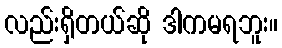
လည်းရှိတယ်ဆို ဒါကမရဘူး။